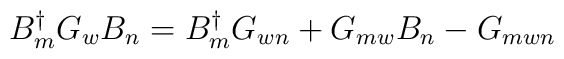
B_{m}^{\dagger} G_{w} B_{n} = B^{\dagger}_{m} G_{wn} + G_{mw} B_{n} - G_{mwn}